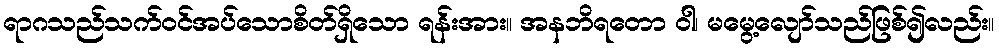
ရာဂသည်သက်ဝင်အပ်သောစိတ်ရှိသော ရန်းအား။ အနဘိရတော ဝါ၊ မမွေ့လျော်သည်ဖြစ်၍လည်း။